Scientific memoirs by medical officers of the Army of India - Part III,
Year: 1887
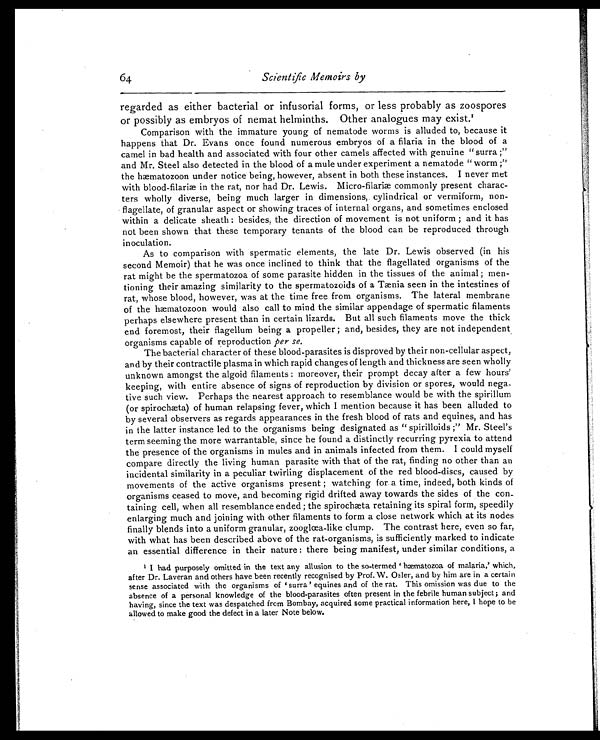
64
Scientific Memoirs by
regarded as either bacterial or infusorial forms, or less probably as zoospores
or possibly as embryos of nemat helminths. Other analogues may exist.1
Comparison with the immature young of nematode worms is alluded to, because it
happens that Dr. Evans once found numerous embryos of a filaria in the blood of a
camel in bad health and associated with four other camels affected with genuine "surra;"
and Mr. Steel also detected in the blood of a mule under experiment a nematode "worm;"
the hæmatozoon under notice being, however, absent in both these instances. I never met
with blood-filariæ in the rat, nor had Dr. Lewis. Micro-filariæ commonly present charac
-ters wholly diverse, being much larger in dimensions, cylindrical or vermiform, non-
flagellate, of granular aspect or showing traces of internal organs, and sometimes enclosed
within a delicate sheath: besides, the direction of movement is not uniform; and it has
not been shown that these temporary tenants of the blood can be reproduced through
inoculation.
As to comparison with spermatic elements, the late Dr. Lewis observed (in his
second Memoir) that he was once inclined to think that the flagellated organisms of the
rat might be the spermatozoa of some parasite hidden in the tissues of the animal; men-
-tioning their amazing similarity to the spermatozoids of a Tænia seen in the intestines of
rat, whose blood, however, was at the time free from organisms. The lateral membrane
of the hæmatozoon would also call to mind the similar appendage of spermatic filaments
perhaps elsewhere present than in certain lizards. But all such filaments move the thick
end foremost, their flagellum being a propeller; and, besides, they are not independent
organisms capable of reproduction per se.
The bacterial character of these blood-parasites is disproved by their non-cellular aspect,
and by their contractile plasma in which rapid changes of length and thickness are seen wholly
unknown amongst the algoid filaments: moreover, their prompt decay after a few hours'
keeping, with entire absence of signs of reproduction by division or spores, would nega
-tive such view. Perhaps the nearest approach to resemblance would be with the spirillum
(or spirochæta) of human relapsing fever, which I mention because it has been alluded to
by several observers as regards appearances in the fresh blood of rats and equines, and has
in the latter instance led to the organisms being designated as "spirilloids;" Mr. Steel's
term seeming the more warrantable, since he found a distinctly recurring pyrexia to attend
the presence of the organisms in mules and in animals infected from them. I could myself
compare directly the living human parasite with that of the rat, finding no other than an
incidental similarity in a peculiar twirling displacement of the red blood-discs, caused by
movements of the active organisms present; watching for a time, indeed, both kinds of
organisms ceased to move, and becoming rigid drifted away towards the sides of the con-
-taining cell, when all resemblance ended; the spirochæta retaining its spiral form, speedily
enlarging much and joining with other filaments to form a close network which at its nodes
finally blends into a uniform granular, zooglœa-like clump. The contrast here, even so far,
with what has been described above of the rat-organisms, is sufficiently marked to indicate
an essential difference in their nature: there being manifest, under similar conditions, a
1
I had purposely omitted in the text any allusion to the so-termed 'hæmatozoa of malaria,' which,
after Dr. Laveran and others have been recently recognised by Prof. W. Osler, and by him are in a certain
sense associated with the organisms of ' surra' equines and of the rat. This omission was due to the
absence of a personal knowledge of the blood-parasites often present in the febrile human subject; and
having, since the text was despatched from Bombay, acquired some practical information here, I hope to be
allowed to make good the defect in a later Note below.